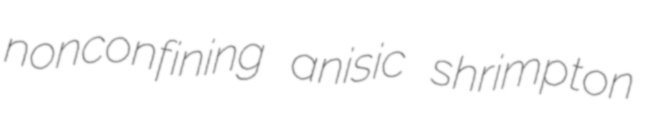
nonconfining anisic shrimpton